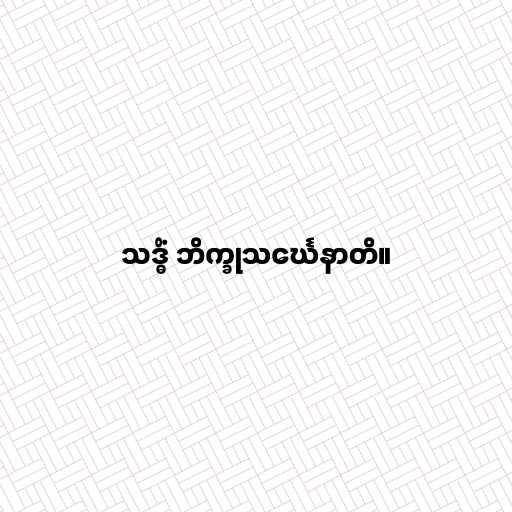
သဒ္ဓိံ ဘိက္ခုသင်္ဃေနာတိ။